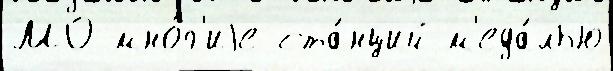
МО мно́г'иjе ста́нций м'еда́лью